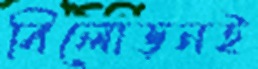
বিলোড়নই